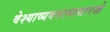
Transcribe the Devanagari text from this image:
वेश्याव्यवसायासारखे